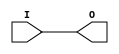
module IBUF_GTL (O, I);

    output O;

    input  I;

	buf B1 (O, I);


endmodule